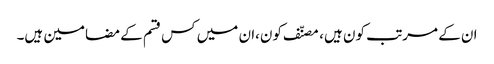
ان کے مرتب کون ہیں، مصنّف کون،ان میں کس قسم کے مضامین ہیں۔